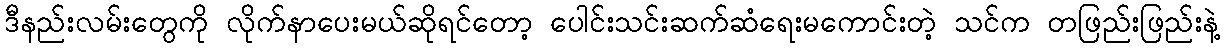
ဒီနည်းလမ်းတွေကို လိုက်နာပေးမယ်ဆိုရင်တော့ ပေါင်းသင်းဆက်ဆံရေးမကောင်းတဲ့ သင်က တဖြည်းဖြည်းနဲ့